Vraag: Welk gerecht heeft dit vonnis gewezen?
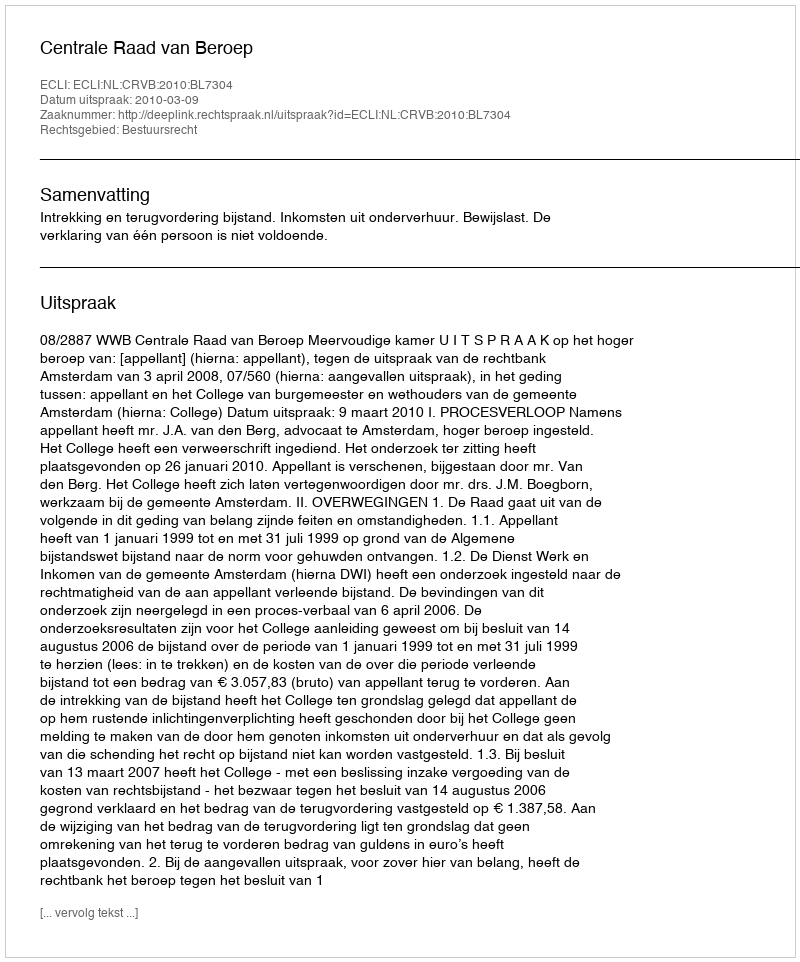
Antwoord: Centrale Raad van Beroep